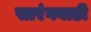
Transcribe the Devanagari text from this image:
सारंगवाडी